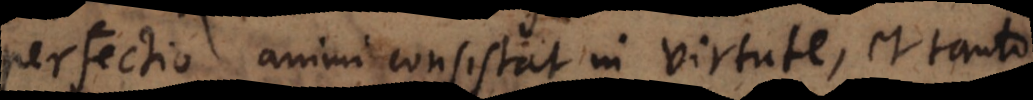
perfectio animi consistat in virtute, et tanto